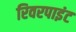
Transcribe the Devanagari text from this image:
रिवरपाइंट